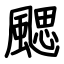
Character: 颸